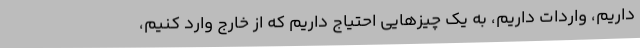
داریم، واردات داریم، به یک چیزهایی احتیاج داریم که از خارج وارد کنیم،